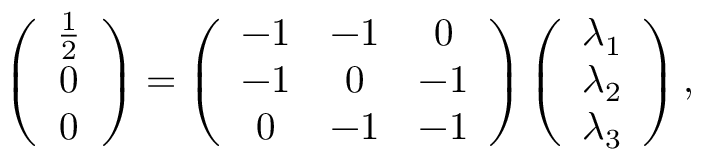
\left( \begin{array} { c } { \frac { 1 } { 2 } } \\ { 0 } \\ { 0 } \end{array} \right) = \left( \begin{array} { c c c } { - 1 } & { - 1 } & { 0 } \\ { - 1 } & { 0 } & { - 1 } \\ { 0 } & { - 1 } & { - 1 } \end{array} \right) \left( \begin{array} { c } { \lambda _ { 1 } } \\ { \lambda _ { 2 } } \\ { \lambda _ { 3 } } \end{array} \right) ,